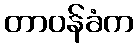
တာဝန်ခံက